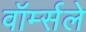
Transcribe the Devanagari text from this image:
वॉर्म्सले